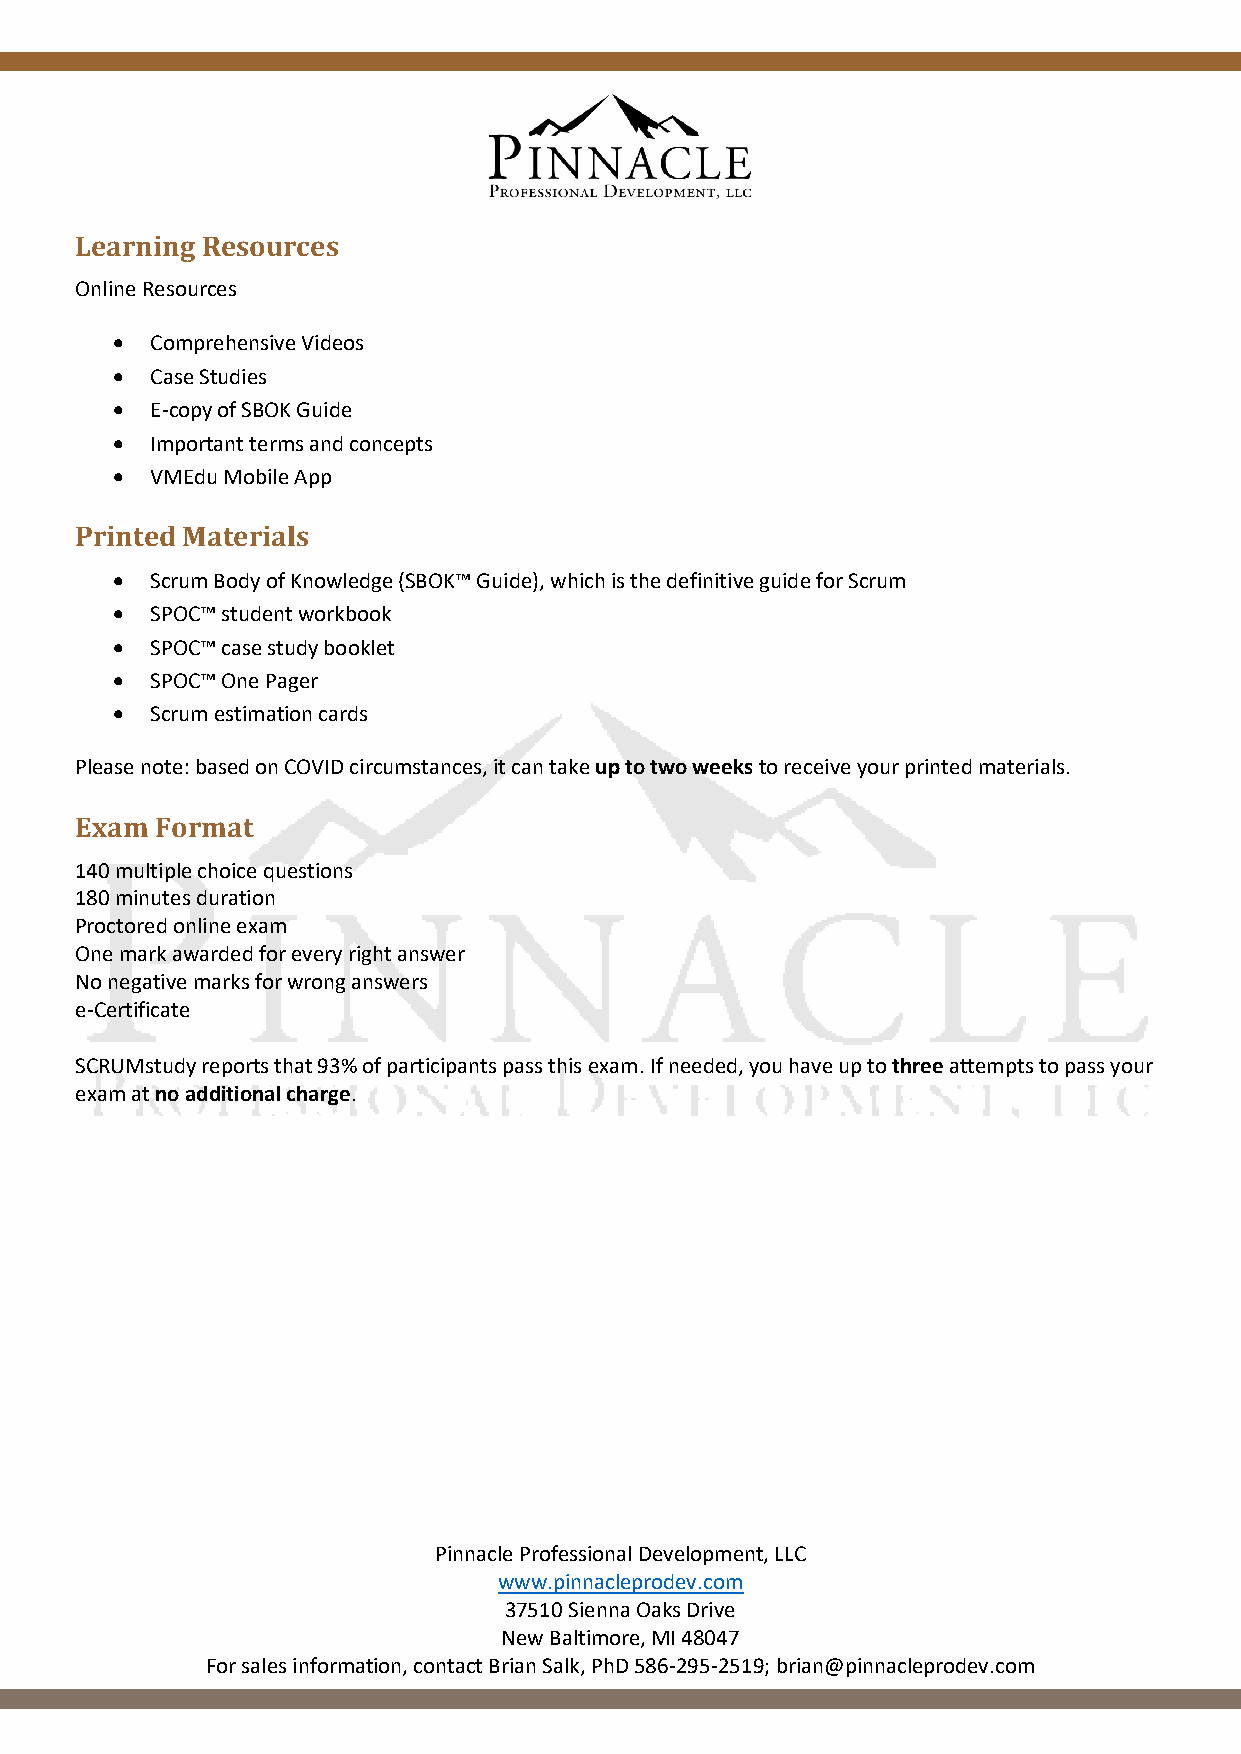
Learning Resources
 Online Resources
 •  Comprehensive Videos
 •  Case Studies
 •  E-copy of SBOK Guide
 •  Important terms and concepts
 •  VMEdu Mobile App
 Printed Materials
 •  Scrum Body of Knowledge (SBOK™ Guide), which is the definitive guide for Scrum
 •  SPOC™ student workbook
 •  SPOC™ case study booklet
 •  SPOC™ One Pager
 •  Scrum estimation cards
 Please note: based on COVID circumstances, it can take up to two weeks to receive your printed materials.
 Exam Format
 140 multiple choice questions
 180 minutes duration
 Proctored online exam
 One mark awarded for every right answer
 No negative marks for wrong answers
 e-Certificate
 SCRUMstudy reports that 93% of participants pass this exam. If needed, you have up to three attempts to pass your
 exam at no additional charge.
 Pinnacle Professional Development, LLC
 www.pinnacleprodev.com
 37510 Sienna Oaks Drive
 New Baltimore, MI 48047
 For sales information, contact Brian Salk, PhD 586-295-2519; brian@pinnacleprodev.com